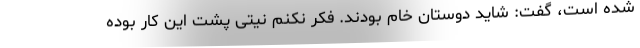
شده است، گفت: شاید دوستان خام بودند. فکر نکنم نیتی پشت این کار بوده